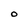
Character: O